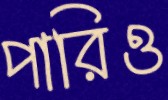
পারিও